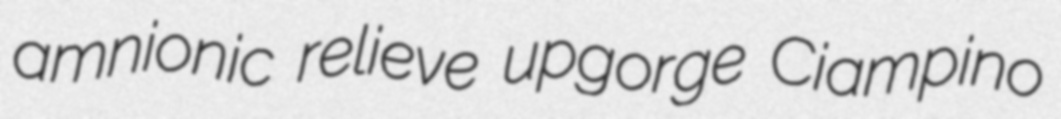
amnionic relieve upgorge Ciampino